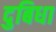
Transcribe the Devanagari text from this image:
दुबिधा